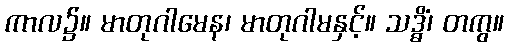
ကာလ၌။ မာတုဂါမေန၊ မာတုဂါမနှင့်။ သဒ္ဓိံ၊ တကွ။